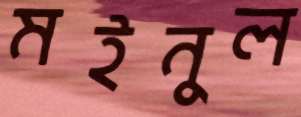
মইনুল